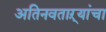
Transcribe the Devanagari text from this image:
अतिनवताऱ्यांचा